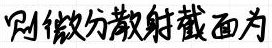
则微分散射截面为